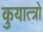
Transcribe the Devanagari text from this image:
कुयात्त्रो